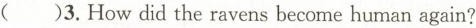
3. How did the ravers become human again?